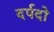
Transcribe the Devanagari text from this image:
दर्पदो